Lunatic asylums Central Provinces reports 1910-1926 - 1910-1926
Year: 1910
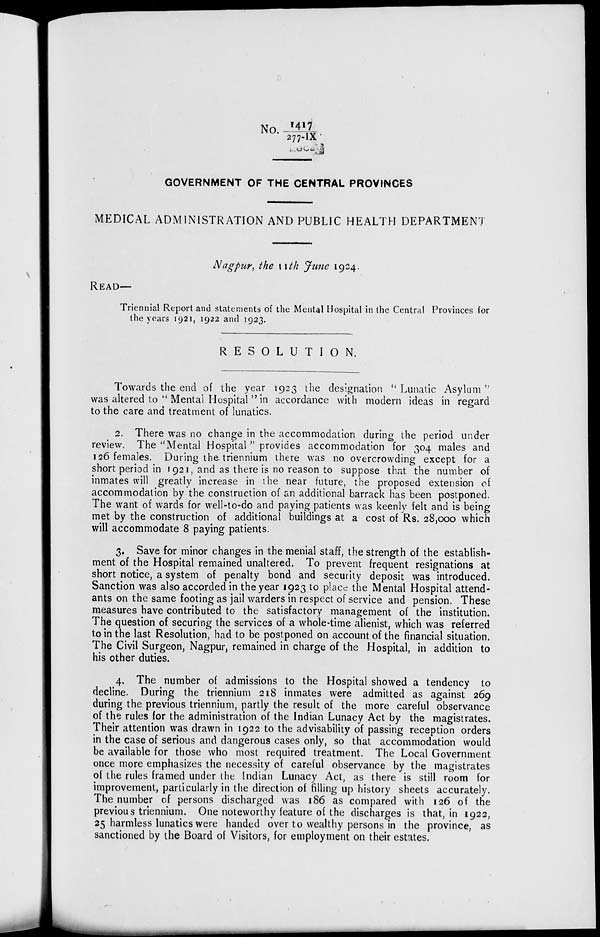
No. -1417/277-IX
GOVERNMENT OF THE CENTRAL PROVINCES
MEDICAL ADMINISTRATION AND PUBLIC HEALTH DEPARTMENT
Nagpur, the 11th June 1924.
READ—
Triennial Report and statements of the Mental Hospital in the Central Provinces for
the years 1921, 1922 and 1923.
RESOLUTION.
Towards the end of the year 1923 the designation " Lunatic Asylum "
was altered to " Mental Hospital'' in accordance with modern ideas in regard
to the care and treatment of lunatics.
2. There was no change in the accommodation during the period under
review. The "Mental Hospital " provides accommodation for 304 males and
126 females. During the triennium there was no overcrowding except for a
short period in 1921, and as there is no reason to suppose that the number of
inmates will greatly increase in the near future, the proposed extension of
accommodation by the construction of an additional barrack has been postponed.
The want of wards for well-to-do and paying patients was keenly felt and is being
met by the construction of additional buildings at a cost of Rs. 28,000 which
will accommodate 8 paying patients.
3. Save for minor changes in the menial staff, the strength of the establish-
ment of the Hospital remained unaltered. To prevent frequent resignations at
short notice, a system of penalty bond and security deposit was introduced.
Sanction was also accorded in the year 1923 to place the Mental Hospital attend-
ants on the same footing as jail warders in respect of service and pension. These
measures have contributed to the satisfactory management of the institution.
The question of securing the services of a whole-time alienist, which was referred
to in the last Resolution, had to be postponed on account of the financial situation.
The Civil Surgeon, Nagpur, remained in charge of the Hospital, in addition to
his other duties.
4. The number of admissions to the Hospital showed a tendency to
decline. During the triennium 218 inmates were admitted as against 269
during the previous triennium, partly the result of the more careful observance
of the rules for the administration of the Indian Lunacy Act by the magistrates.
Their attention was drawn in 1922 to the advisability of passing reception orders
in the case of serious and dangerous cases only, so that accommodation would
be available for those who most required treatment. The Local Government
once more emphasizes the necessity of careful observance by the magistrates
of the rules framed under the Indian Lunacy Act, as there is still room for
improvement, particularly in the direction of filling up history sheets accurately.
The number of persons discharged was 186 as compared with 126 of the
previous triennium. One noteworthy feature of the discharges is that, in 1922,
25 harmless lunatics were handed over to wealthy persons in the province, as
sanctioned by the Board of Visitors, for employment on their estates.